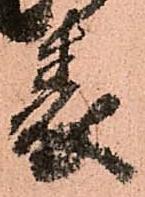
表